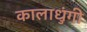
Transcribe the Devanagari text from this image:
कालाधुंगी